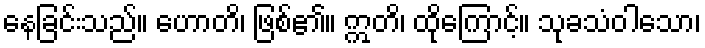
နေခြင်းသည်။ ဟောတိ၊ ဖြစ်၏။ ဣတိ၊ ထိုကြောင့်။ သုခသံဝါသော၊